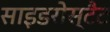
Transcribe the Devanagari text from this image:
साइडरोस्टैट